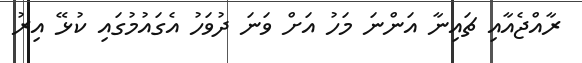
ރާއްޖެއާއި ޗައިނާ އަންނަ މަހު އަށް ވަނަ ދުވަހު އެގައުމުގައި ކުޅޭ އިރު